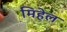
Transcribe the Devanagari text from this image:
मिहेल